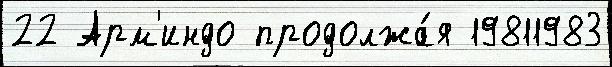
22 Арм'индо продолжа́я 19811983